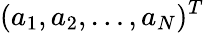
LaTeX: (a_{1},a_{2},\ldots,a_{N})^{T}